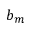
b _ { m }